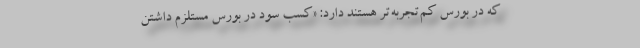
که در بورس کم‌تجربه‌تر هستند دارد: «کسب سود در بورس مستلزم داشتن